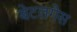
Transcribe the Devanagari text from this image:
बेटलगेस